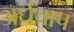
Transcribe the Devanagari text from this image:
अर्धचाप